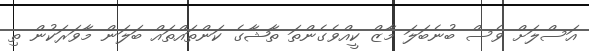
އަސްލަށް ވެސް ބުނެބަލަ މާޒް ކީއްވެގެންތަ ތާޝާގެ ކަންތައްތައް ބަލަން މާވަރަކުން ތި